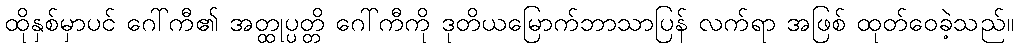
ထိုနှစ်မှာပင် ဂေါ်ကီ၏ အတ္ထုပ္ပတ္တိ ဂေါ်ကီကို ဒုတိယမြောက်ဘာသာပြန် လက်ရာ အဖြစ် ထုတ်ဝေခဲ့သည်။